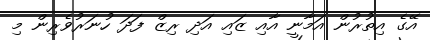
އޭގެ އިތުރުން އަމާނީ އާއި ޒައި އަދި ރިޒް ފަދަ ހުނަރުވެރިން މި